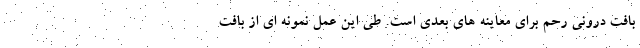
بافت درونی رحم برای معاینه های بعدی است. طی این عمل نمونه ای از بافت